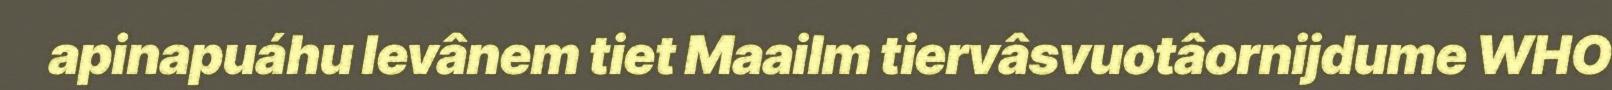
apinapuáhu levânem tiet Maailm tiervâsvuotâornijdume WHO